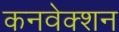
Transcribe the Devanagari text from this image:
कनवेक्शन